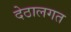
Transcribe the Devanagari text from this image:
देठालगत